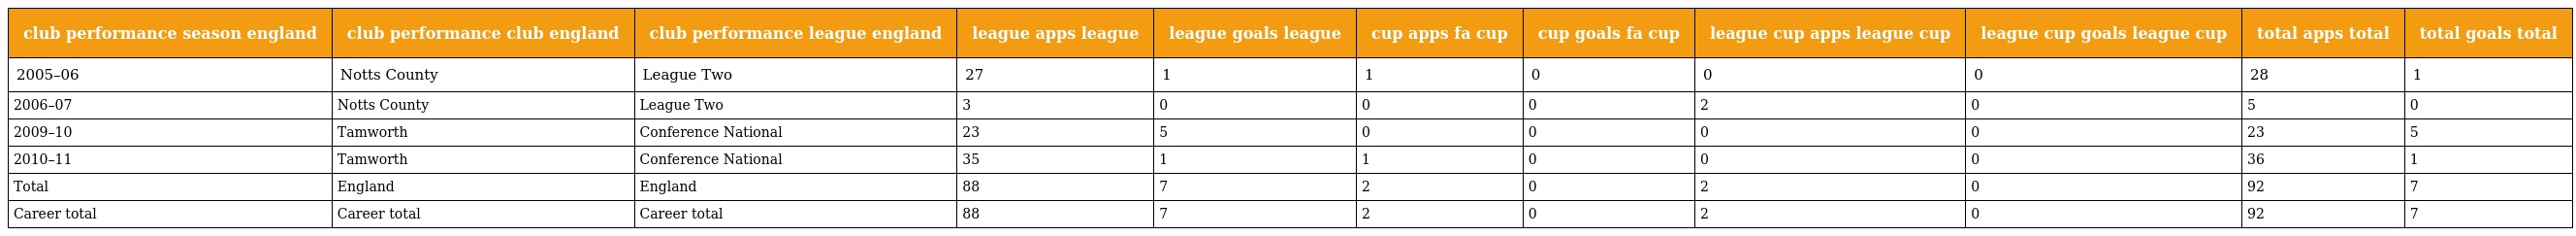
| club performance season england | club performance club england | club performance league england | league apps league | league goals league | cup apps fa cup | cup goals fa cup | league cup apps league cup | league cup goals league cup | total apps total | total goals total |
 | --- | --- | --- | --- | --- | --- | --- | --- | --- | --- | --- |
 | 2005–06 | Notts County | League Two | 27 | 1 | 1 | 0 | 0 | 0 | 28 | 1 |
 | 2006–07 | Notts County | League Two | 3 | 0 | 0 | 0 | 2 | 0 | 5 | 0 |
 | 2009–10 | Tamworth | Conference National | 23 | 5 | 0 | 0 | 0 | 0 | 23 | 5 |
 | 2010–11 | Tamworth | Conference National | 35 | 1 | 1 | 0 | 0 | 0 | 36 | 1 |
 | Total | England | England | 88 | 7 | 2 | 0 | 2 | 0 | 92 | 7 |
 | Career total | Career total | Career total | 88 | 7 | 2 | 0 | 2 | 0 | 92 | 7 |